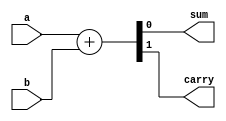
//Semisumador de dos entradas de 1 bit realizado a partir de assign,
// operador concatenacin y operador suma

module ha_v3(output wire sum, output wire carry, input wire a, input wire b);

assign {carry, sum} = a + b;	//operador suma junto con operador concatenacin 

endmodule